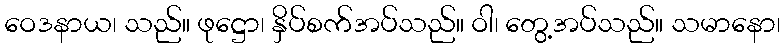
ဝေဒနာယ၊ သည်။ ဖုဋ္ဌော၊ နှိပ်စက်အပ်သည်။ ဝါ၊ တွေ့အပ်သည်။ သမာနော၊